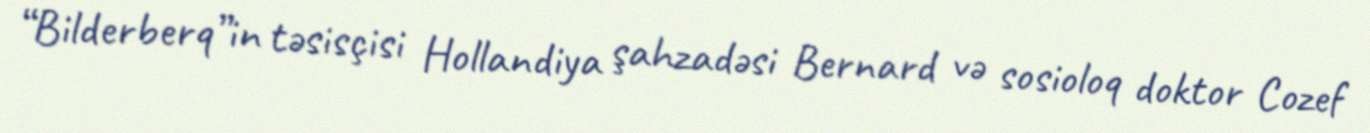
“Bilderberq”in təsisçisi Hollandiya şahzadəsi Bernard və sosioloq doktor Cozef